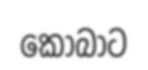
කෝබාට